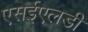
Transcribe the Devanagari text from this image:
एसईएलडी